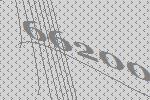
66200